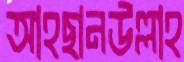
আহছানউল্লাহ